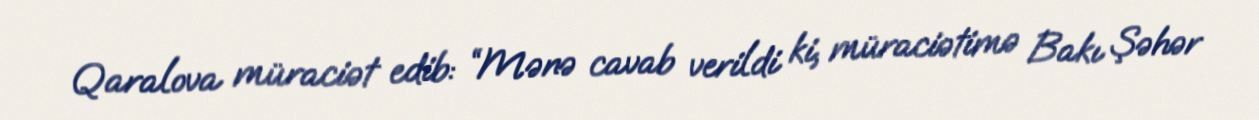
Qaralova müraciət edib: “Mənə cavab verildi ki, müraciətimə Bakı Şəhər